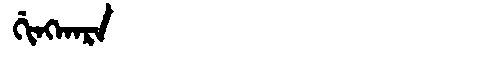
Manchu: ᡤᡳᠩᡴᠠᡵᠠ
Romanization: GINGKARA